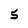
Character: 5